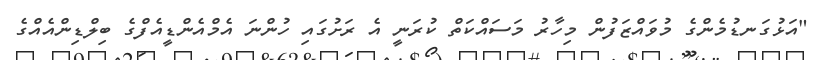
"އަޅުގަނޑުމެންގެ މުވައްޒަފުން މިހާރު މަސައްކަތް ކުރަނީ އެ ރަށުގައި ހުންނަ އެމްއެންޑީއެފްގެ ބިލްޑިންއެއްގެ